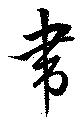
韋